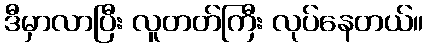
ဒီမှာလာပြီး လူတတ်ကြီး လုပ်နေတယ်။